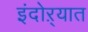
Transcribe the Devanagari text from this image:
इंदोऱ्यात